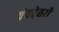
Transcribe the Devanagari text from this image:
पंचदेवरी